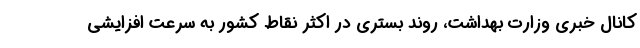
کانال خبری وزارت بهداشت، روند بستری در اکثر نقاط کشور به سرعت افزایشی